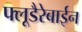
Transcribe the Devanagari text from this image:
फ्लूडैरेबाईन